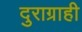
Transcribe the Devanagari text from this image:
दुराग्राही